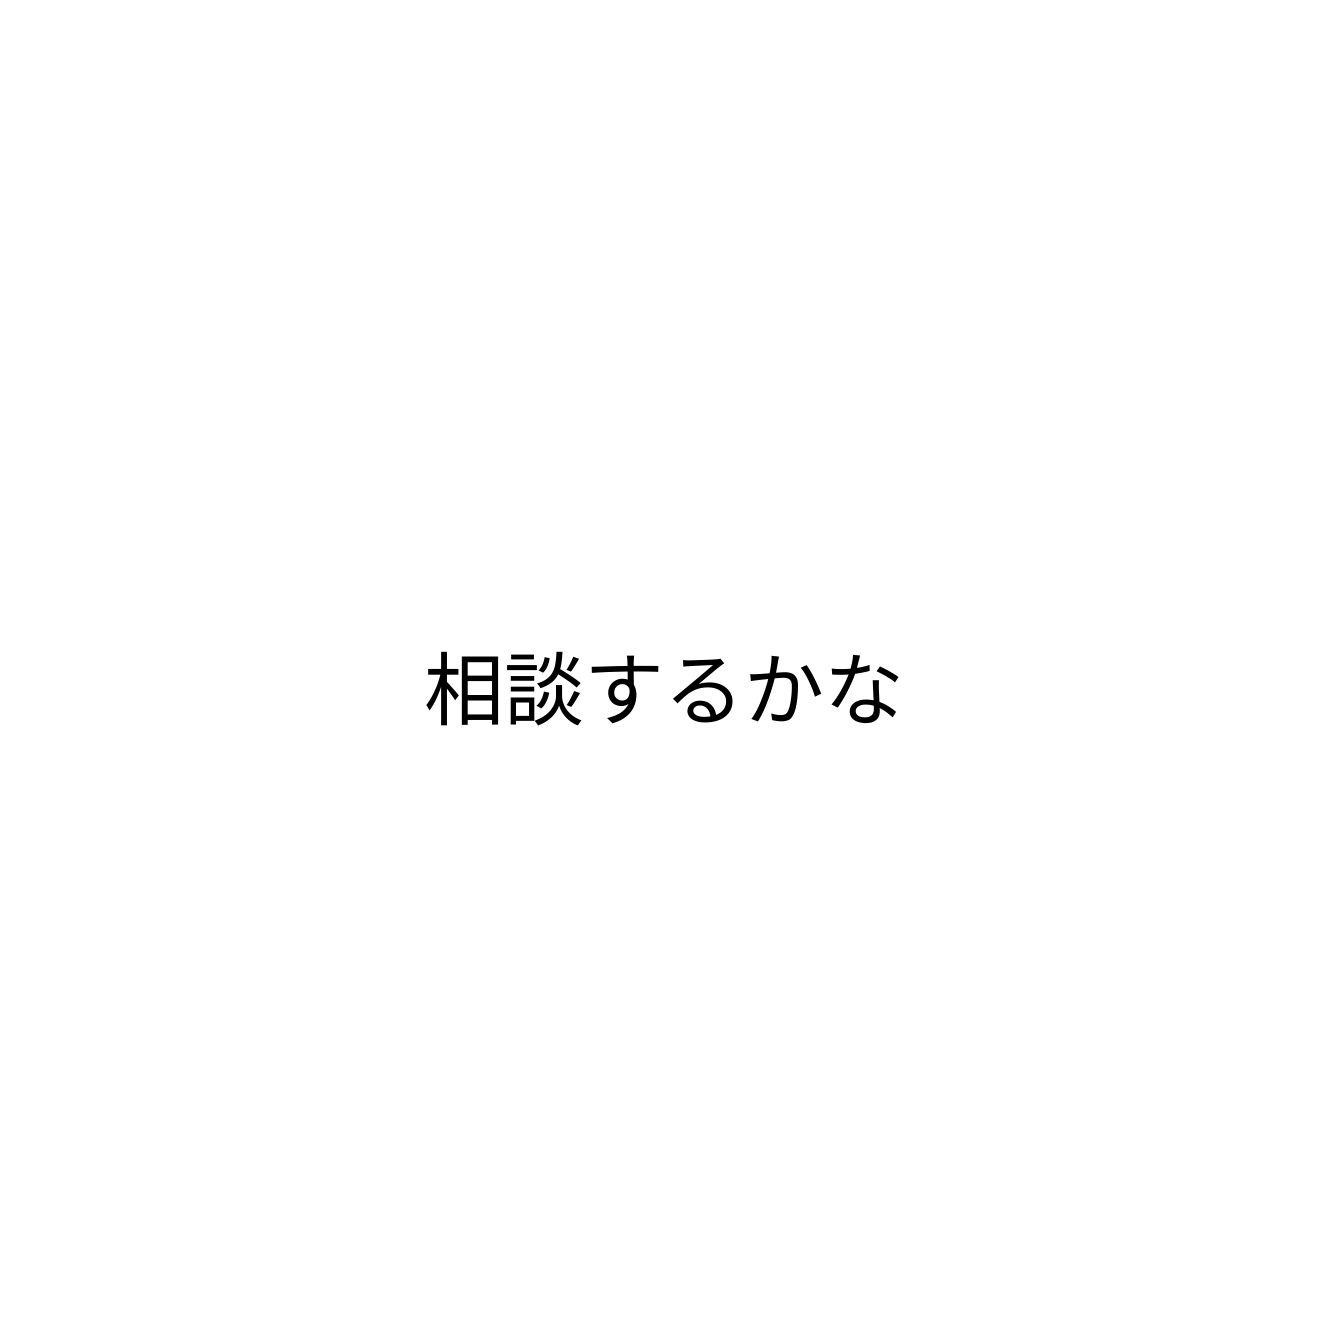
相談するかな